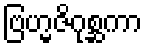
ဗြဟ္မဇိဂုစ္ဆကာ